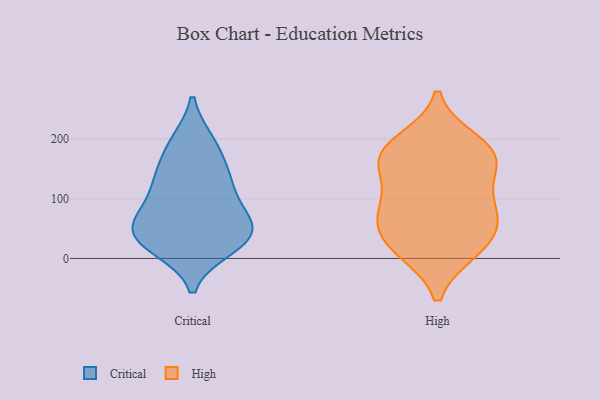
{"axis": {"x": "Gross Profit (USD K)", "y": "Value"}, "legend": ["Critical", "High"], "data": [{"x": "", "y": 18, "type": "Critical"}, {"x": "", "y": 73, "type": "Critical"}, {"x": "", "y": 195, "type": "Critical"}, {"x": "", "y": 136, "type": "Critical"}, {"x": "", "y": 115, "type": "Critical"}, {"x": "", "y": 195, "type": "Critical"}, {"x": "", "y": 129, "type": "Critical"}, {"x": "", "y": 31, "type": "Critical"}, {"x": "", "y": 54, "type": "Critical"}, {"x": "", "y": 34, "type": "Critical"}, {"x": "", "y": 59, "type": "Critical"}, {"x": "", "y": 43, "type": "Critical"}, {"x": "", "y": 22, "type": "Critical"}, {"x": "", "y": 154, "type": "Critical"}, {"x": "", "y": 81, "type": "Critical"}, {"x": "", "y": 169, "type": "High"}, {"x": "", "y": 90, "type": "High"}, {"x": "", "y": 98, "type": "High"}, {"x": "", "y": 74, "type": "High"}, {"x": "", "y": 16, "type": "High"}, {"x": "", "y": 167, "type": "High"}, {"x": "", "y": 59, "type": "High"}, {"x": "", "y": 15, "type": "High"}, {"x": "", "y": 164, "type": "High"}, {"x": "", "y": 171, "type": "High"}, {"x": "", "y": 194, "type": "High"}, {"x": "", "y": 34, "type": "High"}]}